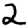
Digit: 2